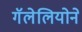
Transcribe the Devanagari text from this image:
गॅलेलियोने